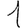
Digit: 1